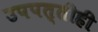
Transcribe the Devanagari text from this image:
उपपत्तीही